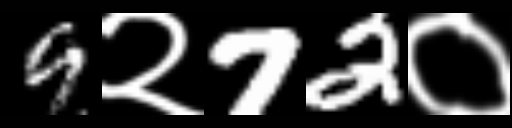
Text: 9२72०